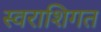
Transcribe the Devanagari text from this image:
स्वराशिगत